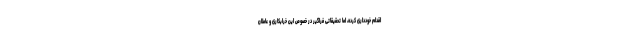
اقدام خودداری کرده، اما تحقیقاتی فراگیر در خصوص این خرابکاری و عاملان